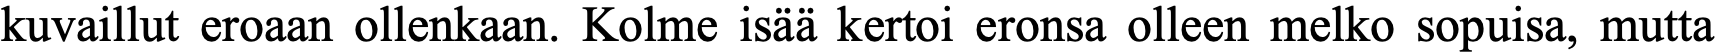
kuvaillut eroaan ollenkaan. Kolme isää kertoi eronsa olleen melko sopuisa, mutta